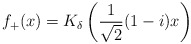
\begin{align*}f_+(x) = K_\delta \left(\frac{1}{\sqrt{2}}(1-i)x \right)\end{align*}